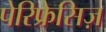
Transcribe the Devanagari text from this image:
पेरिफ्रेसिज़